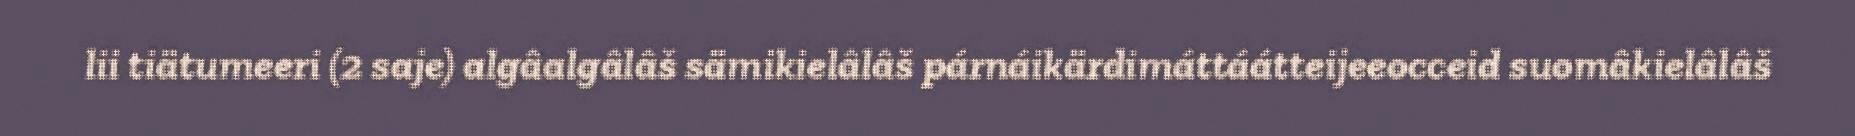
lii tiätumeeri (2 saje) algâalgâlâš sämikielâlâš párnáikärdimáttáátteijeeocceid suomâkielâlâš